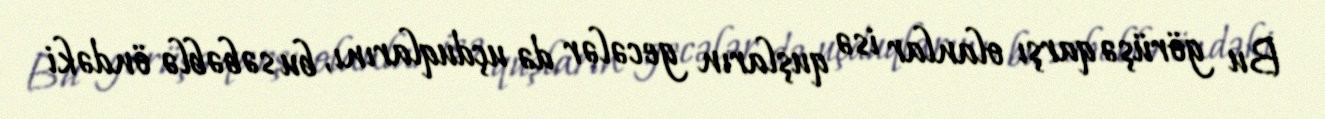
Bu görüşə qarşı olanlar isə quşların gecələr də uçduqlarını, bu səbəblə öndəki